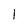
Character: l